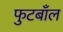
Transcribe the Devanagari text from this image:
फुटबाँल